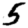
Digit: 5